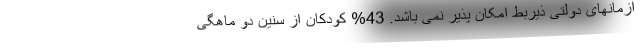
ازمانهای دولتی ذیربط امکان پذیر نمی باشد. 43% کودکان از سنین دو ماهگی